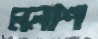
মনাশ